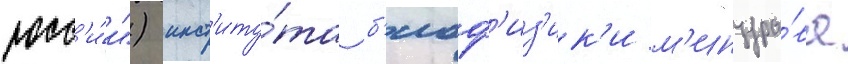
росс'и́и") инст'иту́та б'иоф'из'ик'и м'инздра́ва